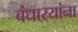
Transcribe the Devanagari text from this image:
बंधाऱ्यांना